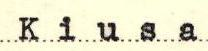
Kiusa